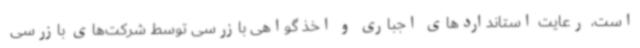
است، رعایت استانداردهای اجباری و اخذ گواهی بازرسی توسط شرکت‌های بازرسی